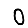
Digit: 0